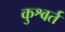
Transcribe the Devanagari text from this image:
कुश्वर्त